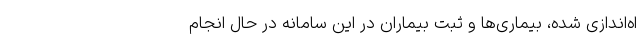
اه‌اندازی شده، بیماری‌ها و ثبت بیماران در این سامانه در حال انجام